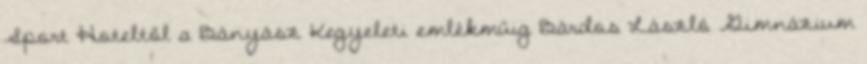
Sport Hoteltől a Bányász Kegyeleti emlékműig Bárdos László Gimnázium